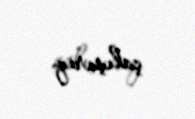
çalışırıq.